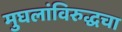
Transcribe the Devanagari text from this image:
मुघलांविरुद्धचा